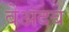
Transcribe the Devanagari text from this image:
बेअदब